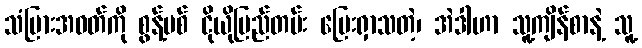
သံပြားအဝတ်ကို စွန့်ပစ် ငိုယိုမြည်တမ်း ပြေးရှာသတဲ့၊ အဲဒါဟာ သူ့ကျိန်စာနဲ့ သူ့